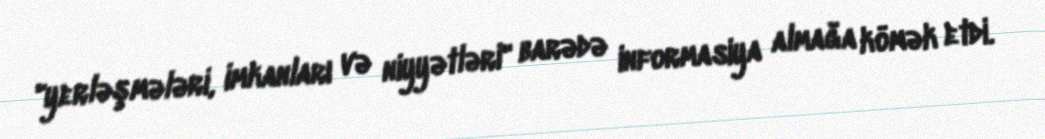
"yerləşmələri, imkanları və niyyətləri" barədə informasiya almağa kömək etdi.